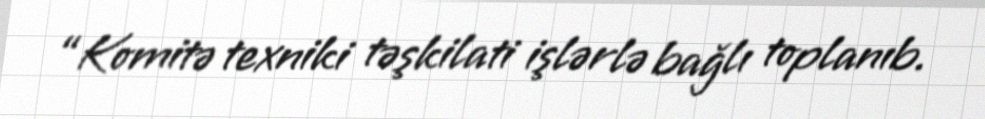
“Komitə texniki təşkilati işlərlə bağlı toplanıb.